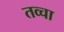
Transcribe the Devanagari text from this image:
तव्चा